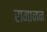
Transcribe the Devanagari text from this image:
रामानन